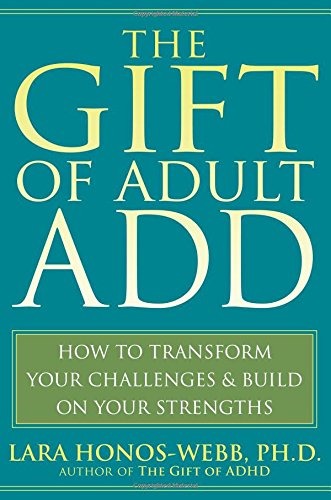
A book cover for The Gift of Adult ADD: How to Transform Your Challenges and Build on Your Strengths; Lara Honos-Webb; Parenting & Relationships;